Leaving Certificate Examination, 1904
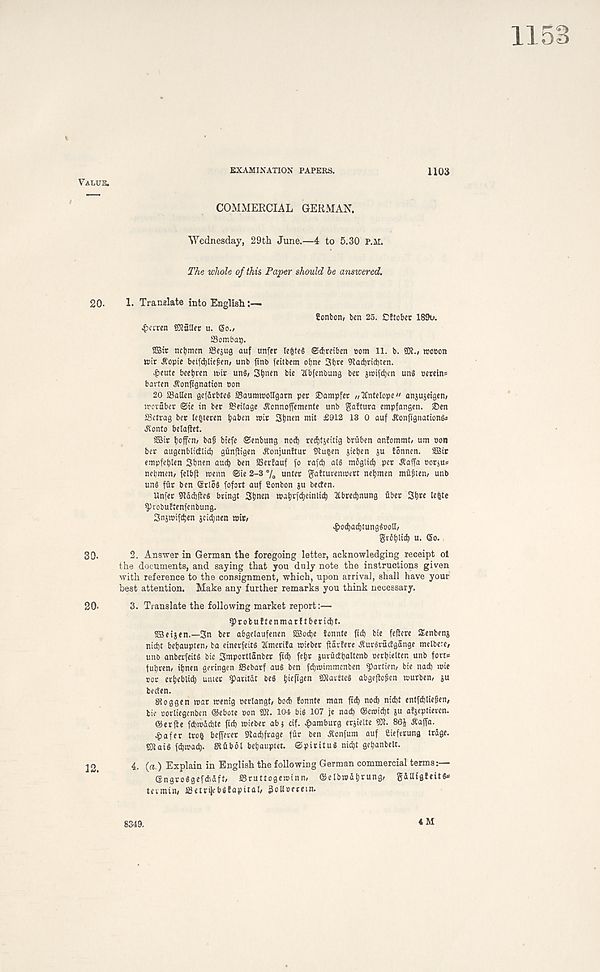
Value.
EXAMINATION PAPERS.
1103
COMMERCIAL GERMAN.
Wednesday, 29th June.—4 to 5.30 P.il.
The whole of this Paper should he answered.
20- 1- Translate into English
Conbcn/ ben 25. Dltober 189u.
£a' ren SOTaUer u. So.,
SSombai).
2Btr nctimen ffiejug auf unfer Ie| te§ Sireiben com 11. b. ©1., wocon
ttir ^opie beifd)liefen, unb ftnb feitbem otme 3b« ©a^rid)ten.
^eute beetjren nnr un§, S^nen bie Itbfenbung bet s^ifctjen unS oereins
barten ^onjtgnation con
20 SSatlen gefarbteS SSaumwollgarn per ®ampfer „Antelope" anjujeigen,
imuber @ie in ber S?eitage ^cnnojfemente unb gaftura empfangen. iDen
SSetrag ber le^teren
wir Sbnw mit £912 13 0 auf JConfignationS*
Jtonto betaftet.
2Bir tjcffcn, ba^ biefe ©enbung nodf) redjtjeitig bruben an!ommt, um eon
ber augenblicblid) gunjtigen ^onjunttur ©u^en jieben ju fonnen. SBit
empfet)len Sfmen au(t) ben 25er!auf fo rafd) al§ mbglid) per ^affa oorjU*
nebmen, felbft roenn @ie 2-3 % unter gatturemrert nebmen mfl^ten, unb
un§ ffir ben SrioS fofort auf Sonbon ju becfen.
Unfer 9tdd)fieg bringt Sbnen wabrfdjeinti^ 2tbredjnung fiber 3b«
^)iobu!tenfcnbung.
Snsmifctjen jcidjnen wit,
>^od)acbtunggootl,
grbblid) u. So.
30.
2. Answer in German the foregoing letter, acknowledging receipt ol
the documents, and saying that you duly note the instructions given
with reference to the consignment, which, upon arrival, shall have your
best attention. Make any further remarks you think necessary.
20-
3. Translate the following market report:—
sprobuftenmarftbetid)t.
SBnjen.—3n ber abgelaufenen SBodje fonnte fid) bie fefiere Senbenj
nid)t bebaupten, ba einerfeitd 2Cmerifa wieber jlarfere .RurSradgange melbere,
uno anberfeits bie 3mportlanber ft^ fefjr jurfictljaltenb oert)ielten unb fort*
fubren, ibnen geringen ffiebarf au§ ben fd)wimmenben garden, bie nad) wie
ror erbeblicb umer ^aritdt be§ bkftgen ©iartteS abgeftofen wurben, ju
becten.
SRoggen war wentg perlangt, bod) fonnte man ftd) nod) nid)t entfdjliefien,
bie oorliegenben Slebote con ©t. 104 big 107 je nad) ®emid)t gu afgeptieven.
®erfte fcbwdcbte fid) wieber abi cif. Hamburg erjielte ©t. 86J ^affa.
£afer tro^ bejferer SRacbfrage ffir ben Jtonfum auf Cieferung trdge.
©iai§ fdbwa^. JRfibdl bebaupter. SpirituS nid)t gebanbelt.
12.
( a ) Explain in English the following German commercial terms:—
Sngroggefdidft, ffiruttogewinn, ®elbwdbr«ng, gdUigfeitS*
tevmin, J8etri|ebgfapital, 3oU»eretn.
4 M
8349.